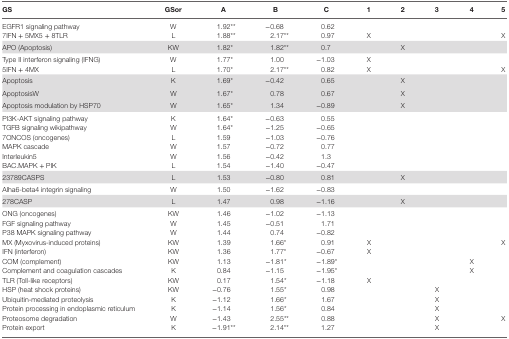
<table><thead><tr><td><b>GS</b></td><td><b>GSor</b></td><td><b>A</b></td><td><b>B</b></td><td><b>C</b></td><td><b>1</b></td><td><b>2</b></td><td><b>3</b></td><td><b>4</b></td><td><b>5</b></td></tr></thead><tbody><tr><td>EGFR1 signaling pathway</td><td>W</td><td>1.92**</td><td>−0.68</td><td>0.62</td><td></td><td></td><td></td><td></td><td></td></tr><tr><td>7IFN + 5MX5 + 8TLR</td><td>L</td><td>1.88**</td><td>2.17**</td><td>0.97</td><td>X</td><td></td><td></td><td></td><td>X</td></tr><tr><td>APO (Apoptosis)</td><td>KW</td><td>1.82*</td><td>1.82**</td><td>0.7</td><td></td><td>X</td><td></td><td></td><td></td></tr><tr><td>Type II interferon signaling (IFNG)</td><td>W</td><td>1.77*</td><td>1.00</td><td>−1.03</td><td>X</td><td></td><td></td><td></td><td></td></tr><tr><td>5IFN + 4MX</td><td>L</td><td>1.70*</td><td>2.17**</td><td>0.82</td><td>X</td><td></td><td></td><td></td><td>X</td></tr><tr><td>Apoptosis</td><td>K</td><td>1.69*</td><td>−0.42</td><td>0.65</td><td></td><td>X</td><td></td><td></td><td></td></tr><tr><td>ApoptosisW</td><td>W</td><td>1.67*</td><td>0.78</td><td>0.67</td><td></td><td>X</td><td></td><td></td><td></td></tr><tr><td>Apoptosis modulation by HSP70</td><td>W</td><td>1.65*</td><td>1.34</td><td>−0.89</td><td></td><td>X</td><td></td><td></td><td></td></tr><tr><td>PI3K-AKT signaling pathway</td><td>K</td><td>1.64*</td><td>−0.63</td><td>0.55</td><td></td><td></td><td></td><td></td><td></td></tr><tr><td>TGFB signaling wikipathway</td><td>W</td><td>1.64*</td><td>−1.25</td><td>−0.65</td><td></td><td></td><td></td><td></td><td></td></tr><tr><td>7ONCOS (oncogenes)</td><td>L</td><td>1.59</td><td>−1.03</td><td>−0.76</td><td></td><td></td><td></td><td></td><td></td></tr><tr><td>MAPK cascade</td><td>W</td><td>1.57</td><td>−0.72</td><td>0.77</td><td></td><td></td><td></td><td></td><td></td></tr><tr><td>Interleukin5</td><td>W</td><td>1.56</td><td>−0.42</td><td>1.3</td><td></td><td></td><td></td><td></td><td></td></tr><tr><td>BAC.MAPK + PIK</td><td>L</td><td>1.54</td><td>−1.40</td><td>−0.47</td><td></td><td></td><td></td><td></td><td></td></tr><tr><td>23789CASPS</td><td>L</td><td>1.53</td><td>−0.80</td><td>0.81</td><td></td><td>X</td><td></td><td></td><td></td></tr><tr><td>Alha6-beta4 integrin signaling</td><td>W</td><td>1.50</td><td>−1.62</td><td>−0.83</td><td></td><td></td><td></td><td></td><td></td></tr><tr><td>278CASP</td><td>L</td><td>1.47</td><td>0.98</td><td>−1.16</td><td></td><td>X</td><td></td><td></td><td></td></tr><tr><td>ONG (oncogenes)</td><td>KW</td><td>1.46</td><td>−1.02</td><td>−1.13</td><td></td><td></td><td></td><td></td><td></td></tr><tr><td>FGF signaling pathway</td><td>W</td><td>1.45</td><td>−0.51</td><td>1.71</td><td></td><td></td><td></td><td></td><td></td></tr><tr><td>P38 MAPK signaling pathway</td><td>W</td><td>1.44</td><td>0.74</td><td>−0.82</td><td></td><td></td><td></td><td></td><td></td></tr><tr><td>MX (Myxovirus-induced proteins)</td><td>KW</td><td>1.39</td><td>1.66*</td><td>0.91</td><td>X</td><td></td><td></td><td></td><td>X</td></tr><tr><td>IFN (interferon)</td><td>KW</td><td>1.36</td><td>1.77*</td><td>−0.67</td><td>X</td><td></td><td></td><td></td><td></td></tr><tr><td>COM (complement)</td><td>KW</td><td>1.13</td><td>−1.81*</td><td>−1.89*</td><td></td><td></td><td></td><td>X</td><td></td></tr><tr><td>Complement and coagulation cascades</td><td>K</td><td>0.84</td><td>−1.15</td><td>−1.95*</td><td></td><td></td><td></td><td>X</td><td></td></tr><tr><td>TLR (Toll-like receptors)</td><td>KW</td><td>0.17</td><td>1.54*</td><td>−1.18</td><td>X</td><td></td><td></td><td></td><td></td></tr><tr><td>HSP (heat shock proteins)</td><td>KW</td><td>−0.76</td><td>1.55*</td><td>0.98</td><td></td><td></td><td>X</td><td></td><td></td></tr><tr><td>Ubiquitin-mediated proteolysis</td><td>K</td><td>−1.12</td><td>1.66*</td><td>1.67</td><td></td><td></td><td>X</td><td></td><td></td></tr><tr><td>Protein processing in endoplasmic reticulum</td><td>K</td><td>−1.14</td><td>1.56*</td><td>0.84</td><td></td><td></td><td>X</td><td></td><td></td></tr><tr><td>Proteosome degradation</td><td>W</td><td>−1.43</td><td>2.55**</td><td>0.88</td><td></td><td></td><td>X</td><td></td><td>X</td></tr><tr><td>Protein export</td><td>K</td><td>−1.91**</td><td>2.14**</td><td>1.27</td><td></td><td></td><td>X</td><td></td><td></td></tr></tbody></table>